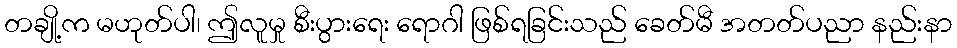
တချို့က မဟုတ်ပါ၊ ဤလူမှု စီးပွားရေး ရောဂါ ဖြစ်ရခြင်းသည် ခေတ်မီ အတတ်ပညာ နည်းနာ